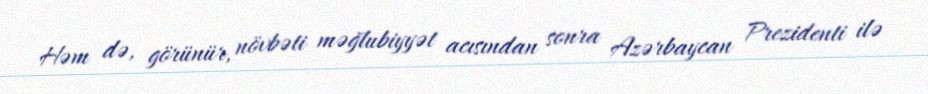
Həm də, görünür, növbəti məğlubiyyət acısından sonra Azərbaycan Prezidenti ilə